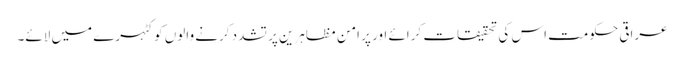
عراقی حکومت اس کی تحقیقات کرائے اور پر امن مظاہرین پر تشدد کرنے والوں کو کٹہرے میں لائے۔